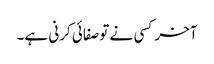
آخر کسی نے تو صفائی کرنی ہے۔